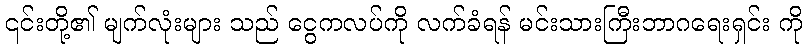
၎င်းတို့၏ မျက်လုံးများ သည် ငွေကလပ်ကို လက်ခံရန် မင်းသားကြီးဘာဂရေးရှင်း ကို